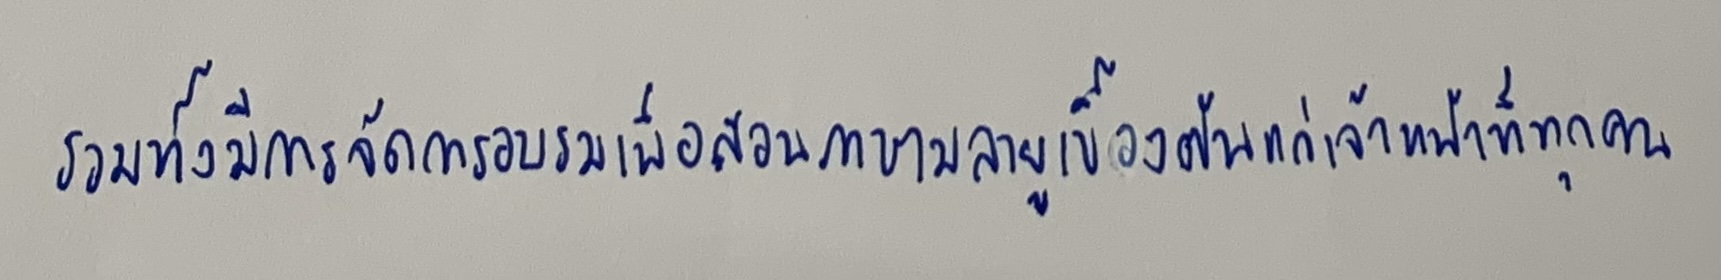
รวมทั้งมีการจัดการอบรมเพื่อสอนภาษามลายูเบื้องต้นแก่เจ้าหน้าที่ทุกคน